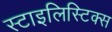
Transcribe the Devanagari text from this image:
स्टाइलिस्टिक्स